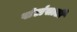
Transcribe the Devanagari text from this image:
खंडांसाठी